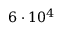
6 \cdot 1 0 ^ { 4 }